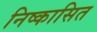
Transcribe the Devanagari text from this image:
निष्कासित